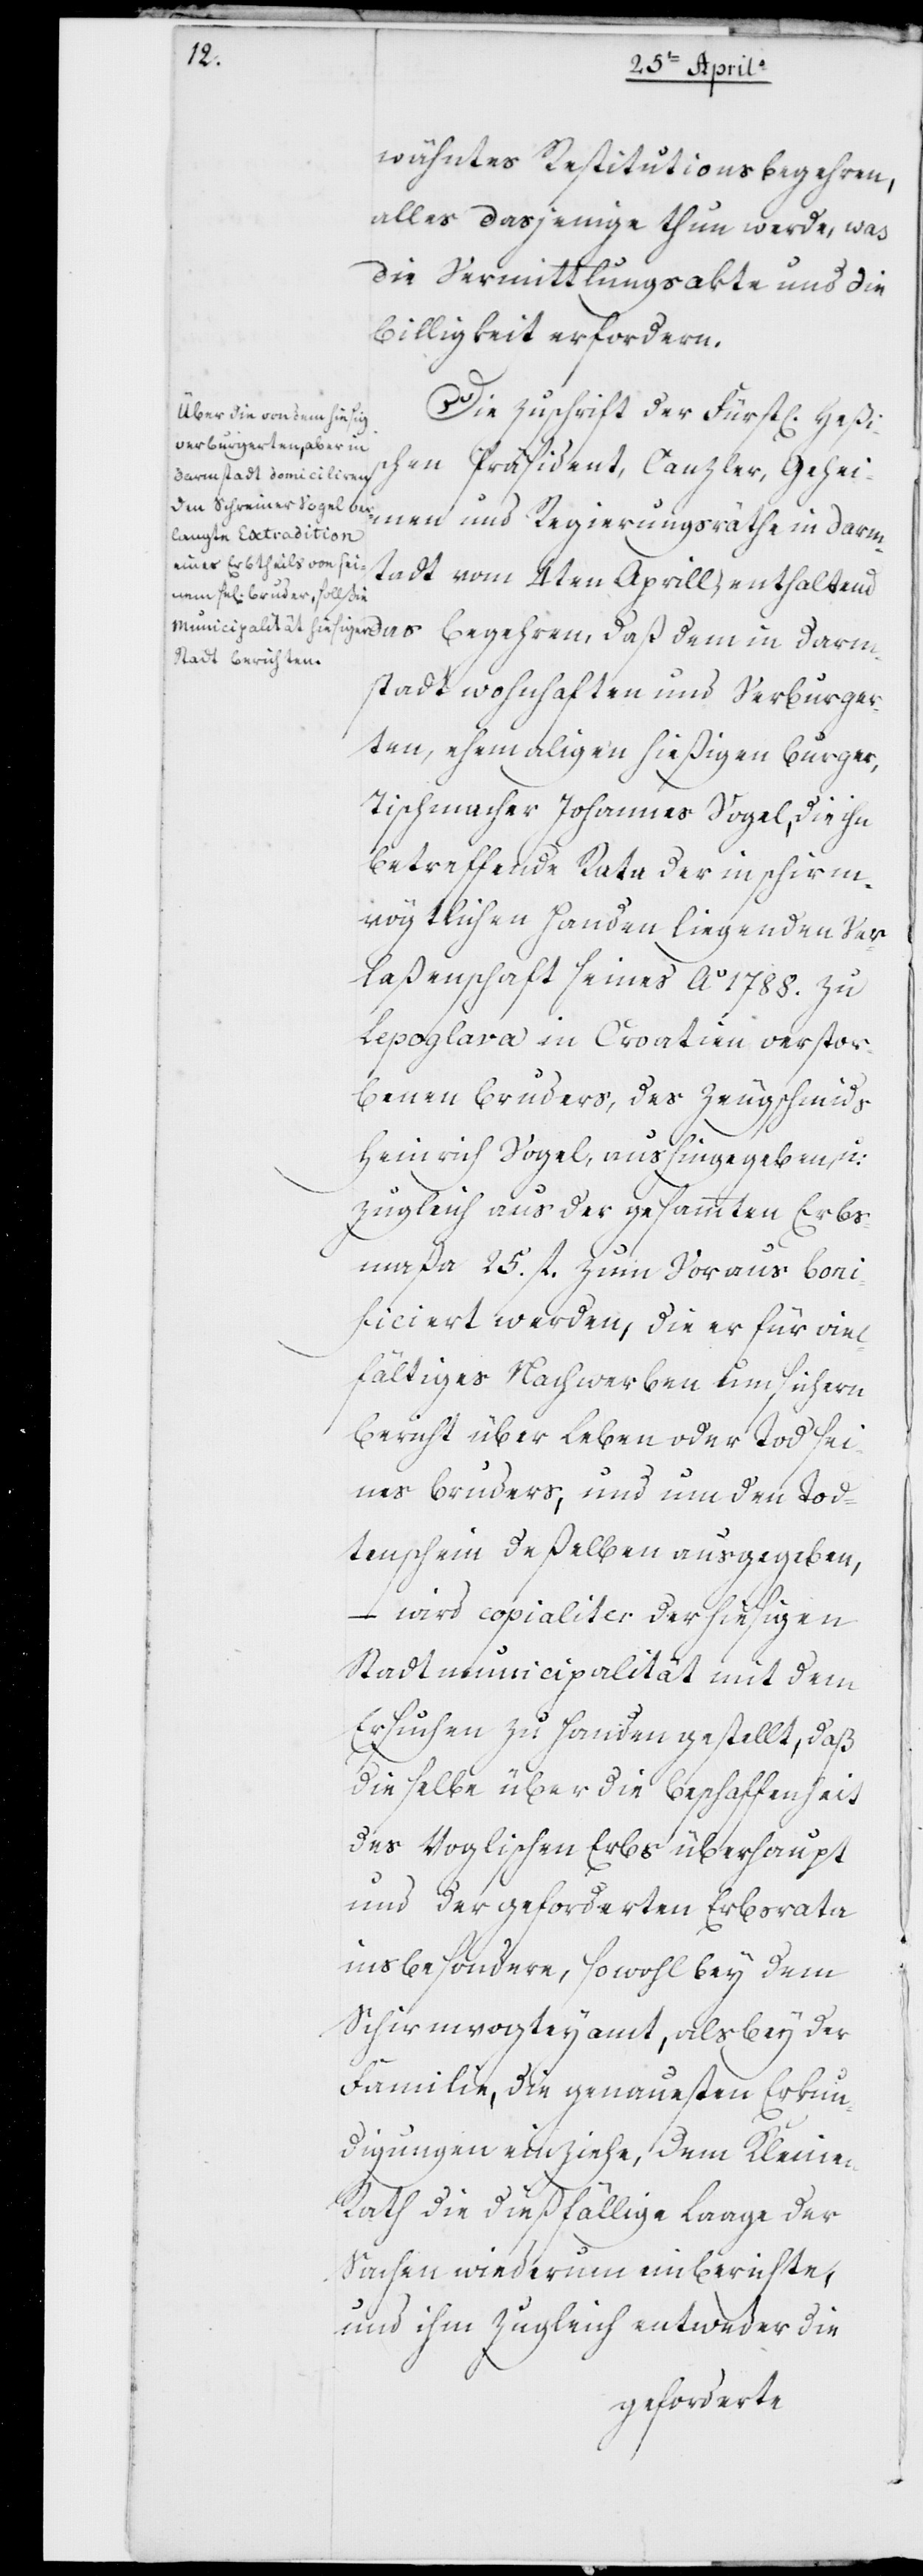
Darm¬
wähntes Restitutionsbegehren,
alles dasjenige thun werde, was
die Vermittlungsakte und die
Billigkeit erfordern.
Die Zuschrift der Fürstl. Heßi¬
schen Präsident, Canzler, Geheimen
stadt vom 4ten Aprill, enthalten¬
d das Begehren, daß dem in Darm¬
stadt wohnhaften und verburger¬
ten, ehemaligen hießigen Burger,
Tischmacher Johannes Vogel, die ihn
betreffende Rata der in schirm¬
vogtlichen Handen liegenden Ver¬
laßenschaft seines Ao. 1788. zu
Lepoglava in Kroatien verstor¬
benen Bruders, des Zeugschmieds
Heinrich Vogel, aushingegeben, u:
zugleich aus der gesammten Erbs¬
maßa 25. fl. zum Voraus boni¬
ficiert werden, die er für viel¬
fältiges Nachwerben um sichern
Bericht über Leben oder Tod sei¬
nes Bruders, und um den To¬
tenschein deßelben ausgegeben,
wird copialiter der hießigen
Stadtmunicipalität mit dem
Ersuchen zu Handen gestellt, daß
dieselbe über die Beschaffenheit
des Voglischen Erbs überhaupt
und der geforderten Erbsrata
insbesondere, sowohl bey dem
Schirmvogteiamt, als bey der
Familie, die genauesten Erkun¬
digungen einziehe, dem Kleinen
Rath die dießfällige Laage der
Sachen wiederum einberichte,
und ihm zugleich entweder die